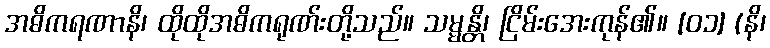
အဓိကရဏာနိ၊ ထိုထိုအဓိကရုဏ်းတို့သည်။ သမ္မန္တိ၊ ငြိမ်းအေးကုန်၏။ [၀၁] (နိ၊